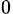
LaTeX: _0